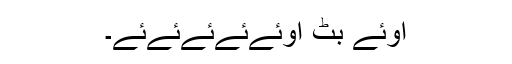
اوئے بٹ اوئےئےئےئےئے۔